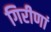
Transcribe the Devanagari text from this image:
गिरीणां